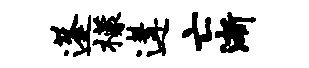
蓬檬遘亡渐